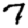
Digit: 7